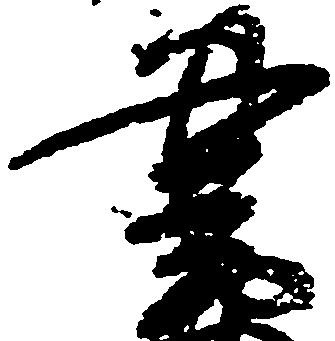
書